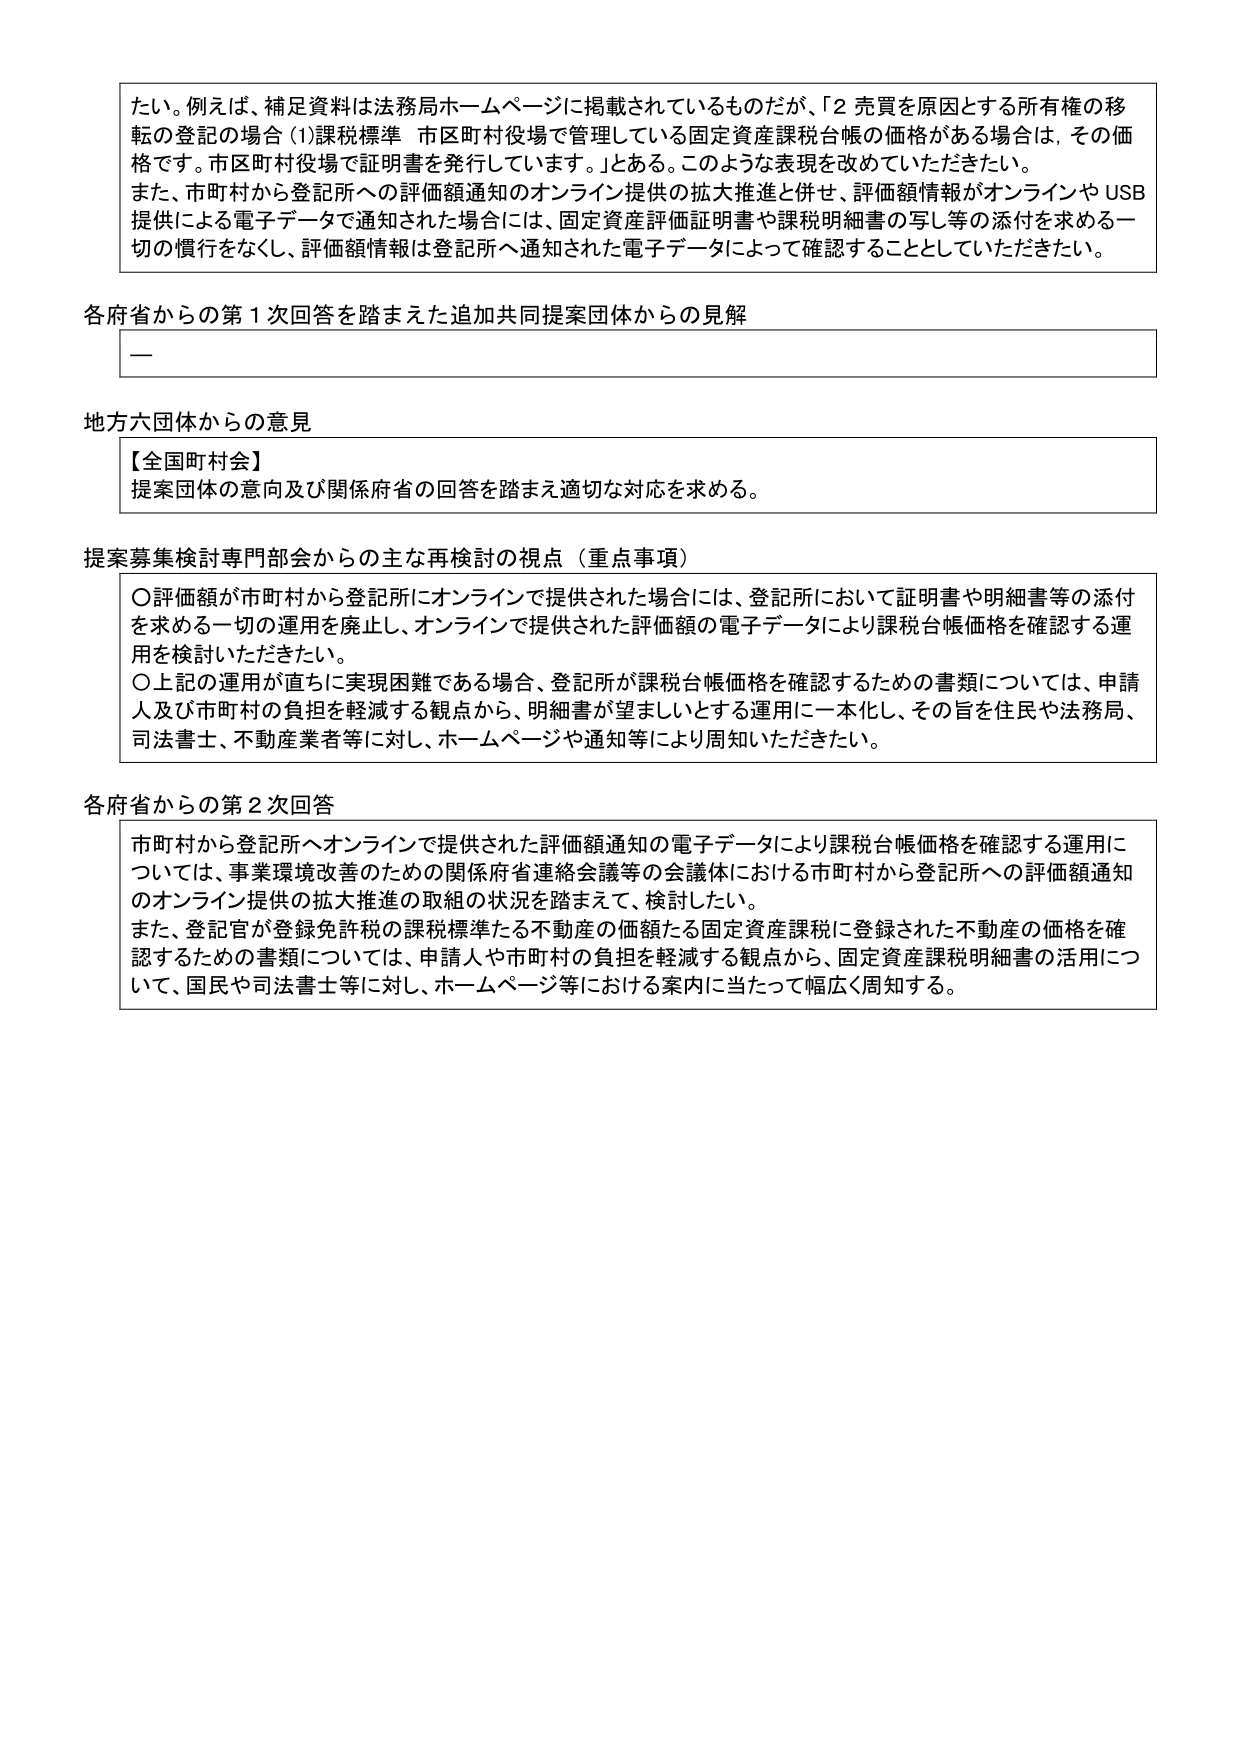
たい。例えば、補足資料は法務局ホームページに掲載されているものだが、「2 売買を原因とする所有権の移転の登記の場合 (1)課税標準 市区町村役場で管理している固定資産課税台帳の価格がある場合は、その価格です。市区町村役場で証明書を発行しています。」とある。このような表現を改めていただきたい。また、市町村から登記所への評価額通知のオンライン提供の拡大推進と併せ、評価額情報がオンラインや USB 提供による電子データで通知された場合には、固定資産評価証明書や課税明細書の写し等の添付を求める一切の慣行をなくし、評価額情報は登記所へ通知された電子データによって確認することとしていただきたい。

各府省からの第１次回答を踏まえた追加共同提案団体からの見解
—

地方六団体からの意見
【全国町村会】
提案団体の意向及び関係府省の回答を踏まえ適切な対応を求める。

提案募集検討専門部会からの主な再検討の視点（重点事項）
〇評価額が市町村から登記所にオンラインで提供された場合には、登記所において証明書や明細書等の添付を求める一切の運用を廃止し、オンラインで提供された評価額の電子データにより課税台帳価格を確認する運用を検討いただきたい。
〇上記の運用が直ちに実現困難である場合、登記所が課税台帳価格を確認するための書類については、申請人及び市町村の負担を軽減する観点から、明細書が望ましいとする運用に一本化し、その旨を住民や法務局、司法書士、不動産業者等に対し、ホームページや通知等により周知いただきたい。

各府省からの第２次回答
市町村から登記所へオンラインで提供された評価額通知の電子データにより課税台帳価格を確認する運用については、事業環境改善のための関係府省連絡会議等の会議体における市町村から登記所への評価額通知のオンライン提供の拡大推進の取組の状況を踏まえて、検討したい。
また、登記官が登録免許税の課税標準たる不動産の価額たる固定資産課税に登録された不動産の価格を確認するための書類については、申請人や市町村の負担を軽減する観点から、固定資産課税明細書の活用について、国民や司法書士等に対し、ホームページ等における案内に当たって幅広く周知する。